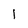
Character: 1